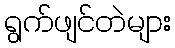
ရွက်ဖျင်တဲများ